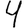
Digit: 4